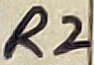
Text: R2